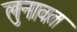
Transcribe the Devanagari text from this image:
लुनावत